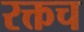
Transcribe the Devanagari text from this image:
रक्तच